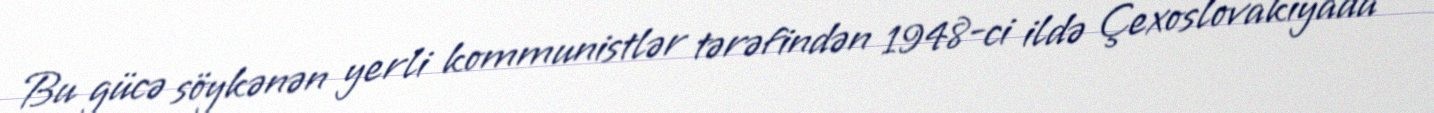
Bu gücə söykənən yerli kommunistlər tərəfindən 1948-ci ildə Çexoslovakiyada